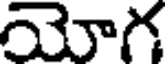
యోగ